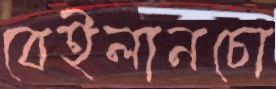
বেইলানচো